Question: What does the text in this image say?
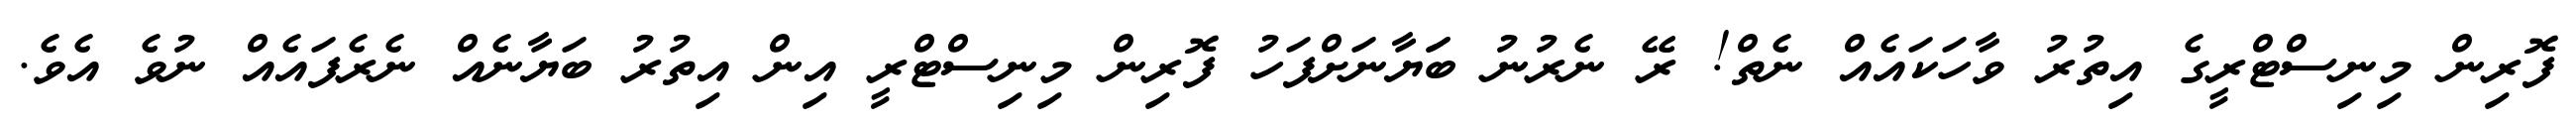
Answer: ފޮރިން މިނިސްޓްރީގެ އިތުރު ވާހަކައެއް ނެތް! ރޭ ނެރުނު ބަަޔާނަށްފަހު ފޮރިން މިނިސްޓްރީ އިން އިތުރު ބަޔާނެއް ނެރެފައެއް ނުވެ އެވެ.